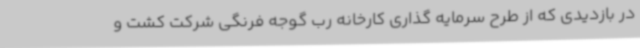
در بازدیدی که از طرح سرمایه گذاری کارخانه رب گوجه فرنگی شرکت کشت و